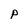
Character: P